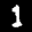
Label: 1